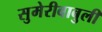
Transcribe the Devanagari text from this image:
सुमेरीबाबुली